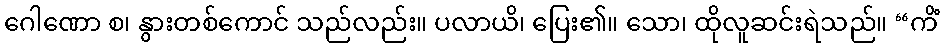
ဂေါဏော စ၊ နွားတစ်ကောင် သည်လည်း။ ပလာယိ၊ ပြေး၏။ သော၊ ထိုလူဆင်းရဲသည်။ “ကိံ